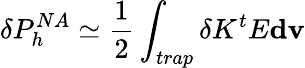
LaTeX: \delta P_{h}^{NA}\simeq\frac{1}{2}\int_{trap}\delta K^{t}E\mathbf{dv}